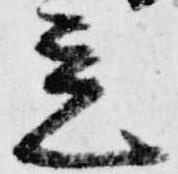
立